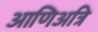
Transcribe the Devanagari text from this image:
आणिअत्रि